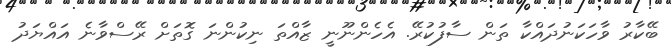
ބޭކާރު ވާހަކަނުދައްކާ ތަން ސާފުކުރޭ. އެހެންނޫނީ ޒާއްތަ ނިކުންނަ ގޮތަށް ރޭސްވާނެ އައްޔަދު